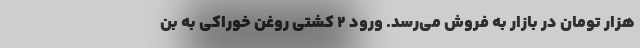
هزار تومان در بازار به فروش می‌رسد. ورود 2 کشتی روغن خوراکی به بن